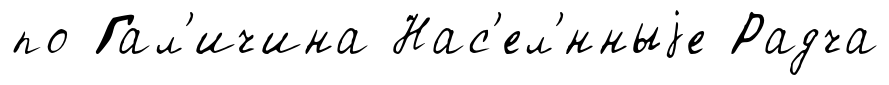
по Гал'ичина Нас'ел'́нныjе Радча